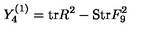
Y _ { 4 } ^ { ( 1 ) } = \mathrm { t r } R ^ { 2 } - \mathrm { S t r } F _ { 9 } ^ { 2 }